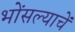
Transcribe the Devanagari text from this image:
भोंसल्याचें